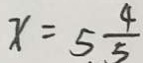
x = 5 \frac { 4 } { 5 }